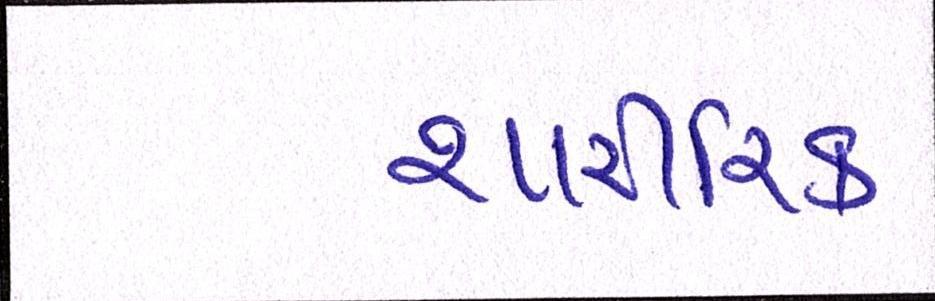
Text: શારીરિક